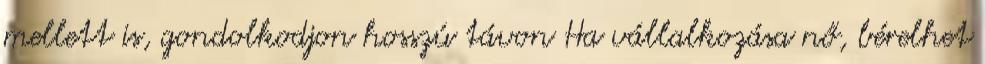
mellett is, gondolkodjon hosszú távon Ha vállalkozása nő, bérelhet